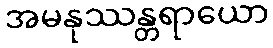
အမနုဿန္တရာယော